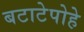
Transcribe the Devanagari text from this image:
बटाटेपोहे